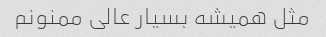
مثل همیشه بسیار عالی ممنونم